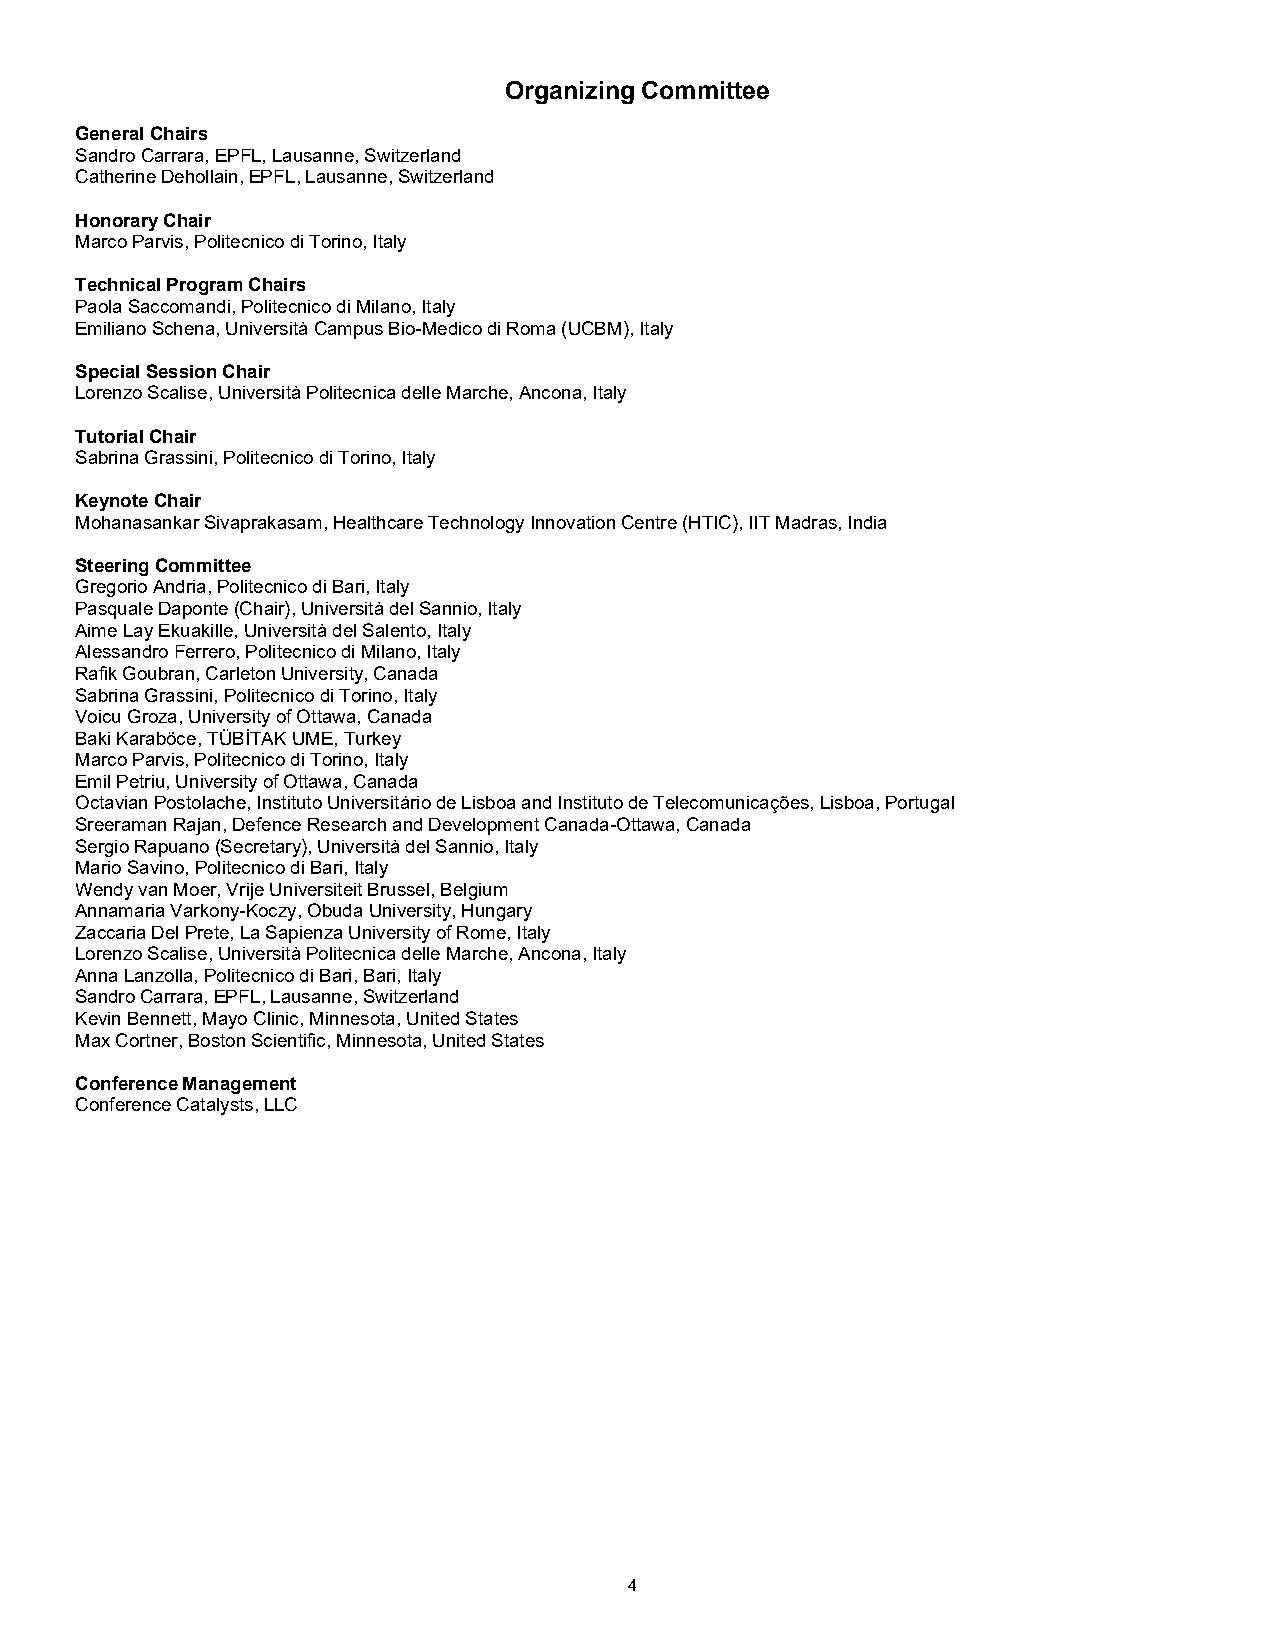
Organizing Committee
 General Chairs
 Sandro Carrara, EPFL, Lausanne, Switzerland
 Catherine Dehollain, EPFL, Lausanne, Switzerland
 Honorary Chair
 Marco Parvis, Politecnico di Torino, Italy
 Technical Program Chairs
 Paola Saccomandi, Politecnico di Milano, Italy
 Emiliano Schena, Università Campus Bio-Medico di Roma (UCBM), Italy
 Special Session Chair
 Lorenzo Scalise, Università Politecnica delle Marche, Ancona, Italy
 Tutorial Chair
 Sabrina Grassini, Politecnico di Torino, Italy
 Keynote Chair
 Mohanasankar Sivaprakasam, Healthcare Technology Innovation Centre (HTIC), IIT Madras, India
 Steering Committee
 Gregorio Andria, Politecnico di Bari, Italy
 Pasquale Daponte (Chair), Università del Sannio, Italy
 Aime Lay Ekuakille, Università del Salento, Italy
 Alessandro Ferrero, Politecnico di Milano, Italy
 Rafik Goubran, Carleton University, Canada
 Sabrina Grassini, Politecnico di Torino, Italy
 Voicu Groza, University of Ottawa, Canada
 Baki Karaböce, TÜBİTAK UME, Turkey
 Marco Parvis, Politecnico di Torino, Italy
 Emil Petriu, University of Ottawa, Canada
 Octavian Postolache, Instituto Universitário de Lisboa and Instituto de Telecomunicações, Lisboa, Portugal
 Sreeraman Rajan, Defence Research and Development Canada-Ottawa, Canada
 Sergio Rapuano (Secretary), Università del Sannio, Italy
 Mario Savino, Politecnico di Bari, Italy
 Wendy van Moer, Vrije Universiteit Brussel, Belgium
 Annamaria Varkony-Koczy, Obuda University, Hungary
 Zaccaria Del Prete, La Sapienza University of Rome, Italy
 Lorenzo Scalise, Università Politecnica delle Marche, Ancona, Italy
 Anna Lanzolla, Politecnico di Bari, Bari, Italy
 Sandro Carrara, EPFL, Lausanne, Switzerland
 Kevin Bennett, Mayo Clinic, Minnesota, United States
 Max Cortner, Boston Scientific, Minnesota, United States
 Conference Management
 Conference Catalysts, LLC
 4